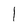
Character: l